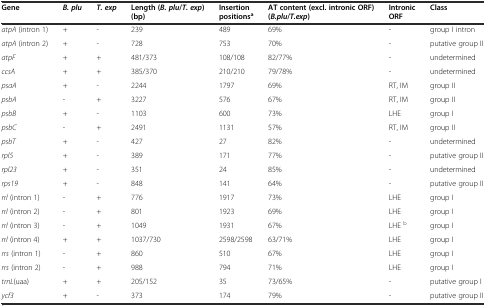
| Gene | B. plu | T. exp | Length (B. plu/T. exp) (bp) | Insertion positionsa | AT content (excl. intronic ORF) (B.plu/T.exp) | Intronic ORF | Class |
 | --- | --- | --- | --- | --- | --- | --- | --- |
 | atpA (intron 1) | + | - | 239 | 489 | 69% | - | group I intron |
 | atpA (intron 2) | + | - | 728 | 753 | 70% | - | putative group II |
 | atpF | + | + | 481/373 | 108/108 | 82/77% | - | undetermined |
 | ccsA | + | + | 385/370 | 210/210 | 79/78% | - | undetermined |
 | psaA | + | - | 2244 | 1797 | 69% | RT, IM | group II |
 | psbA | - | + | 3227 | 576 | 67% | RT, IM | group II |
 | psbB | + | - | 1103 | 600 | 73% | LHE | group I |
 | psbC | - | + | 2491 | 1131 | 57% | RT, IM | group II |
 | psbT | + | - | 427 | 27 | 82% | - | undetermined |
 | rpl5 | + | - | 389 | 171 | 77% | - | putative group II |
 | rpl23 | + | - | 351 | 24 | 85% | - | undetermined |
 | rps19 | + | - | 848 | 141 | 64% | - | putative group II |
 | rrl (intron 1) | - | + | 776 | 1917 | 73% | LHE | group I |
 | rrl (intron 2) | - | + | 801 | 1923 | 69% | LHE | group I |
 | rrl (intron 3) | - | + | 1049 | 1931 | 67% | LHE b | group I |
 | rrl (intron 4) | + | + | 1037/730 | 2598/2598 | 63/71% | LHE | group I |
 | rrs (intron 1) | - | + | 860 | 510 | 67% | LHE | group I |
 | rrs (intron 2) | - | + | 988 | 794 | 71% | LHE | group I |
 | trnL(uaa) | + | + | 205/152 | 35 | 73/65% | - | putative group I |
 | ycf3 | + | - | 373 | 174 | 79% | - | putative group II |